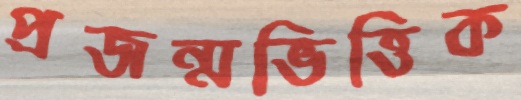
প্রজন্মভিত্তিক